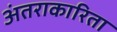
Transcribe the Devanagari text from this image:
अंतराकारिता